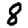
Digit: 8